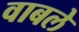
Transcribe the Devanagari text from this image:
वाबले